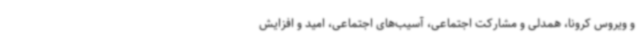
و ویروس کرونا، همدلی و مشارکت اجتماعی، آسیب‌های اجتماعی، امید و افزایش